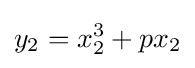
y_{2}=x_{2}^{3}+px_{2}